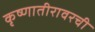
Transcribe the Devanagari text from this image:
कृष्णातीरावरची